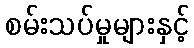
စမ်းသပ်မှုများနှင့်